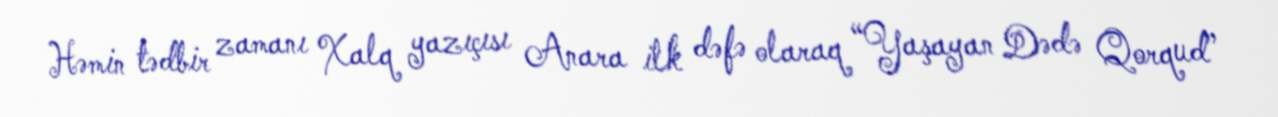
Həmin tədbir zamanı Xalq yazıçısı Anara ilk dəfə olaraq “Yaşayan Dədə Qorqud”